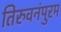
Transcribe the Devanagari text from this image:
तिरुवनंपुरम